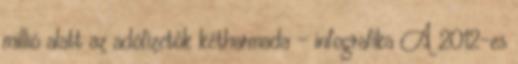
millió alatt az adófizetők kétharmada - infografika A 2012-es